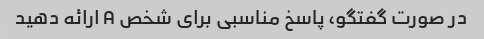
در صورت گفتگو، پاسخ مناسبی برای شخص A ارائه دهید